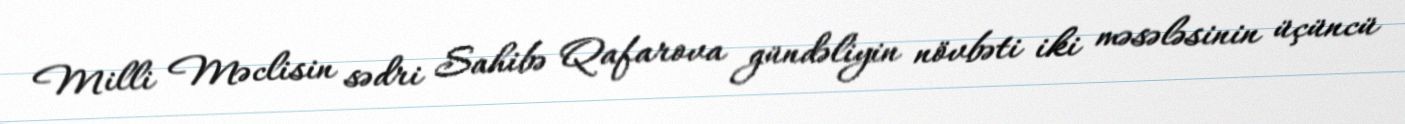
Milli Məclisin sədri Sahibə Qafarova gündəliyin növbəti iki məsələsinin üçüncü